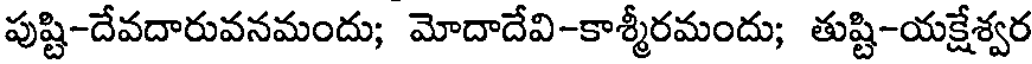
పుష్టి-దేవదారువనమందు; మోదాదేవి-కాశ్మీరమందు; తుష్టి-యక్షేశ్వర